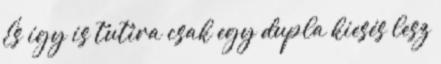
És így is tutira csak egy dupla kiesés lesz